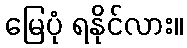
မြေပုံ ရနိုင်လား။